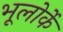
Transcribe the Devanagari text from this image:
भूलोर्के